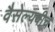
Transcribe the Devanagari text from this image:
वैसेल्यवीच